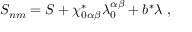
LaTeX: S _ { n m } = S + \chi _ { 0 \alpha \beta } ^ { * } \lambda _ { 0 } ^ { \alpha \beta } + b ^ { * } \lambda \ ,